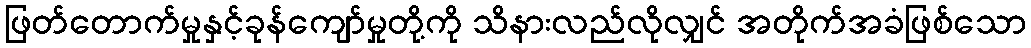
ဖြတ်တောက်မှုနှင့်ခုန်ကျော်မှုတို့ကို သိနားလည်လိုလျှင် အတိုက်အခံဖြစ်သော